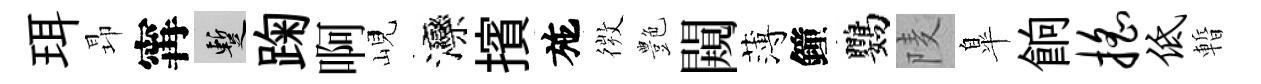
珥昻𡩋暫踘啊峴灤擯施𢕄艶闚薄鐘鸚𨹧臯餉摇低暫